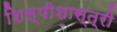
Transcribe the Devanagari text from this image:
शिल्पीशास्त्री